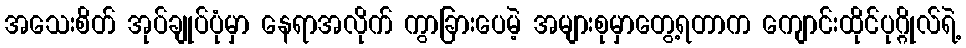
အသေးစိတ် အုပ်ချုပ်ပုံမှာ နေရာအလိုက် ကွာခြားပေမဲ့ အများစုမှာတွေ့ရတာက ကျောင်းထိုင်ပုဂ္ဂိုလ်ရဲ့